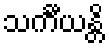
သင်္ကီယန္တိ